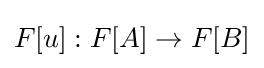
F[u]:F[A]\to F[B]